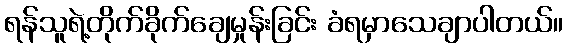
ရန်သူရဲ့တိုက်ခိုက်ချေမှုန်းခြင်း ခံရမှာသေချာပါတယ်။